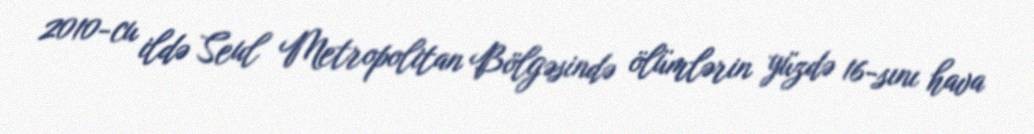
2010-cu ildə Seul Metropolitan Bölgəsində ölümlərin yüzdə 16-sını hava